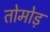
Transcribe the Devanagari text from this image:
तोमोड़